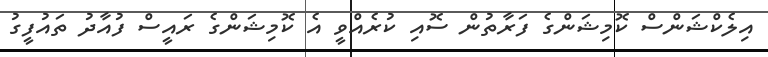
އިލެކްޝަންސް ކޮމިޝަންގެ ފަރާތުން ސޮއި ކުރެއްވީ އެ ކޮމިޝަންގެ ރައީސް ފުއާދު ތައުފީގު